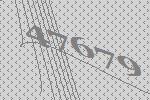
47679